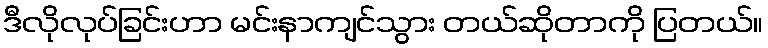
ဒီလိုလုပ်ခြင်းဟာ မင်းနာကျင်သွား တယ်ဆိုတာကို ပြတယ်။